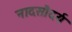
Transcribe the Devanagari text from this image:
नादसौदर्य